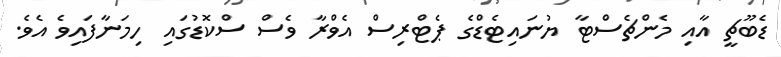
ޑެބޫޗީ އާއި މެންޗެސްޓާ ޔުނައިޓެޑްގެ ޕެޓްރިސް އެވްރާ ވެސް ސްކޮޑުގައި ހިމަނާފައިވެ އެވެ.